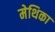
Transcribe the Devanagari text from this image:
मेथिका